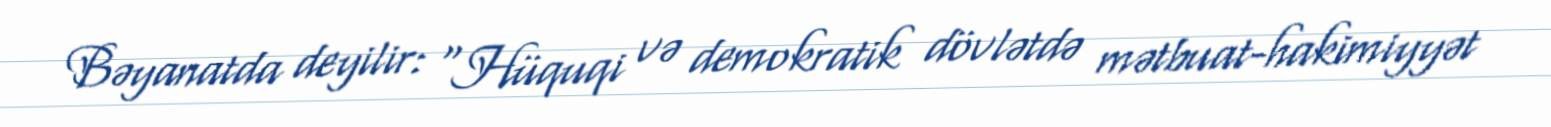
Bəyanatda deyilir: “Hüquqi və demokratik dövlətdə mətbuat-hakimiyyət